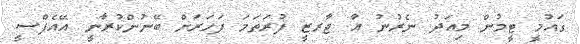
ގައުމީ ޓީމުން މިއަދު ނެރުނު އާ ޖާރޒީ ފުރަތަމަ ފަހަރަށް ބޭނުންކުރާނީ އޭއެފްސީ